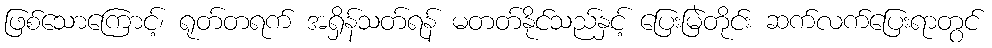
ဖြစ်သောကြောင့်၊ ရုတ်တရက် အရှိန်သတ်ရန် မတတ်နိုင်သည်နှင့် ပြေးမြဲတိုင်း ဆက်လက်ပြေးရာတွင်